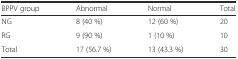
| BPPV group | Abnormal | Normal | Total |
 | --- | --- | --- | --- |
 | NG | 8 (40 %) | 12 (60 %) | 20 |
 | RG | 9 (90 %) | 1 (10 %) | 10 |
 | Total | 17 (56.7 %) | 13 (43.3 %) | 30 |